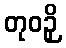
တုဝဉှိ